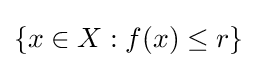
\{x\in X:f(x)\leq r\}